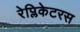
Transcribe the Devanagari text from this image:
रेप्लिकेटरस